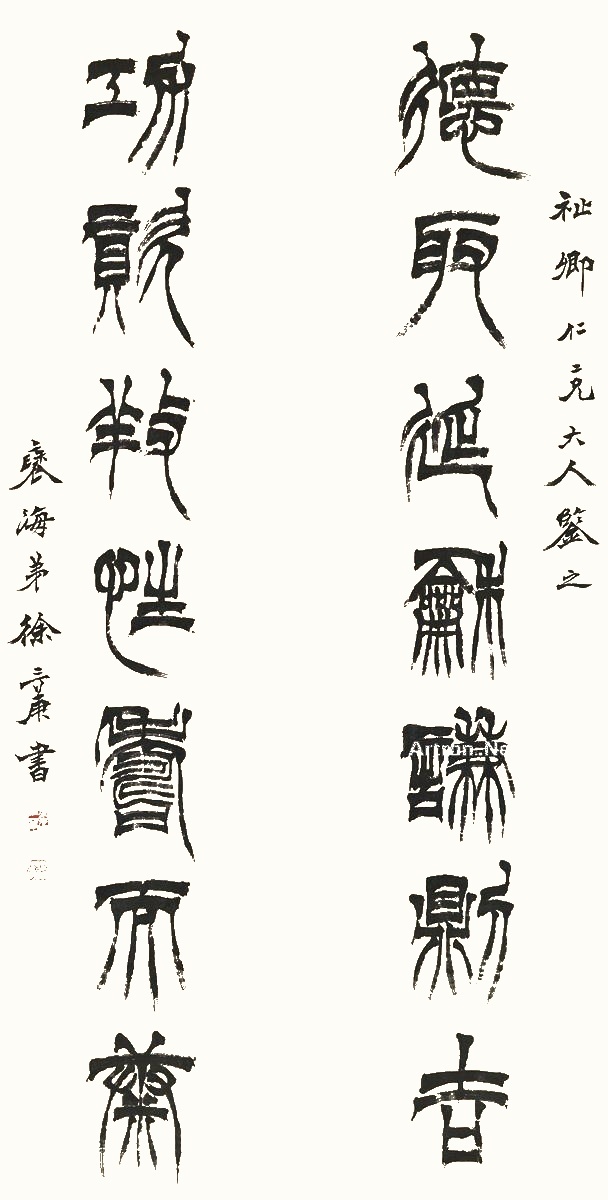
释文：德取延龢谦则吉，功资养性寿而康。祉卿仁二兄大人鉴之，褎海弟徐三庚书。